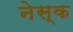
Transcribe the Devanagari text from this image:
नेस्क